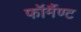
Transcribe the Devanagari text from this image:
फॉर्मैण्ट